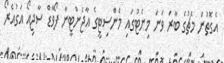
އެގޮތުން މެޗުގެ ބާރަ ވަނަ މިނެޓުގައި މެންސިޓީގެ އާޖެންޓީނާ ފޯވާޑް ސާޖިއޯ އަގުއެރޯ